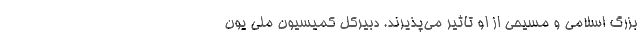
بزرگ اسلامی و مسیحی از او تاثیر می‌پذیرند. دبیرکل کمیسیون ملی یون